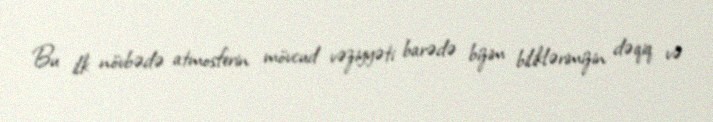
Bu ilk növbədə atmosferin mövcud vəziyyəti barədə bizim biliklərimizin dəqiq və